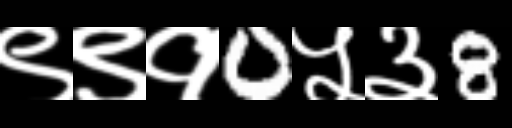
Text: ९९१0५३8